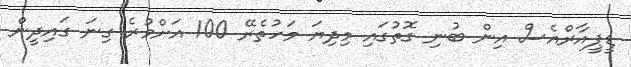
ޑީޕީއާރްއެސް އިން ބުނި ގޮތުގައި މިދިޔަ މަހުތެރޭ 100 އަށްވުރެ ގިނަ ގައިދީން